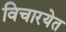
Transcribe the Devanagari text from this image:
विचारयेत